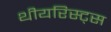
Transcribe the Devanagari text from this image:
थीयरिस्ट्स